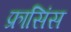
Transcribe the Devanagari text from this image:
फ्रासिंस